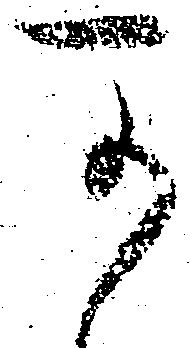
可